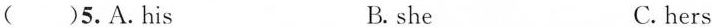
()5.A. his B. she C. hers